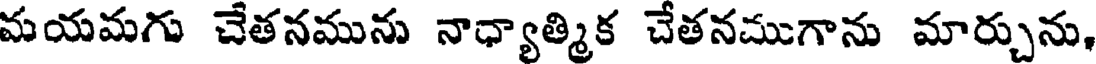
మయమగు చేతనమును నాధ్యాత్మిక చేతనముగాను మార్చును,